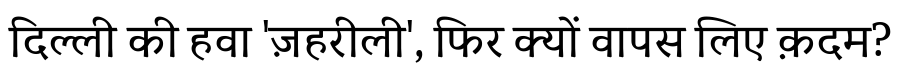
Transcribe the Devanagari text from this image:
दिल्ली की हवा 'ज़हरीली', फिर क्यों वापस लिए क़दम?